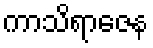
ကာသိရာဇေန